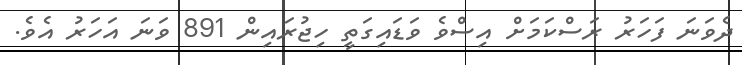
ދެވަނަ ފަހަރު ރަސްކަމަށް އިސްވެ ވަޑައިގަތީ ހިޖުރައިން 891 ވަނަ އަހަރު އެވެ.